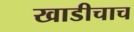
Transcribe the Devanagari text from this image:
खाडीचाच